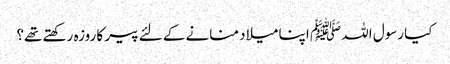
کیا رسول اللہ ﷺ اپنا میلاد منانے کے لئے پیر کا روزہ رکھتے تھے؟